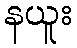
နယူး